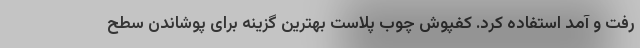
رفت و آمد استفاده کرد. کفپوش چوب پلاست بهترین گزینه برای پوشاندن سطح